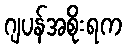
ဂျပန်အစိုးရက